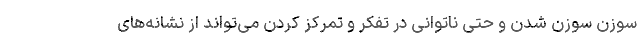
سوزن سوزن شدن و حتی ناتوانی در تفکر و تمرکز کردن می‌تواند از نشانه‌های